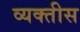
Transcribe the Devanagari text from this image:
व्यक्‍तीस